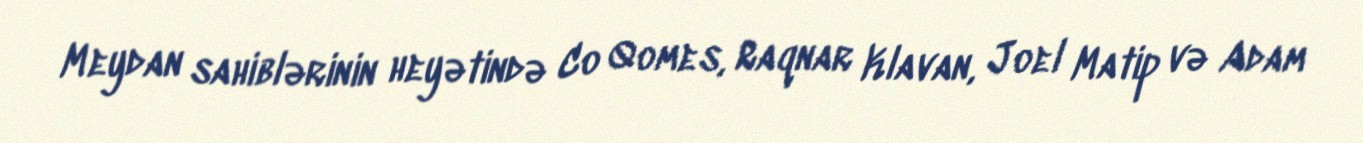
Meydan sahiblərinin heyətində Co Qomes, Raqnar Klavan, Joel Matip və Adam